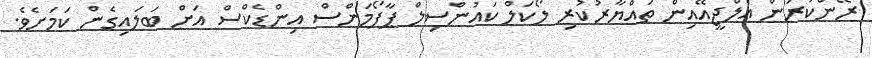
ރޭންކުރަން އެލްޖީއޭއިން ތައްޔާރުކުރި ލޯކަލް ކައުންސިލް ޕާފޯމަންސް އިންޑެކްސް އަށް ބަލައިގެން ކަމަށެވެ.